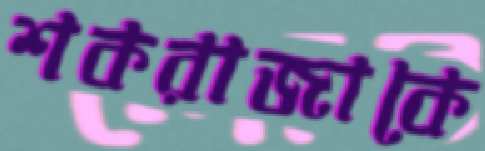
শকরাজাকে